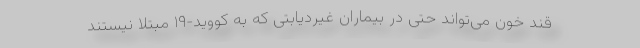
قند خون می‌تواند حتی در بیماران غیردیابتی که به کووید-۱۹ مبتلا نیستند